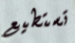
تستطيع